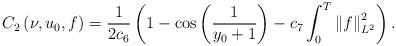
LaTeX: \begin{align*}C_{2}\left( \nu,u_{0},f\right) =\frac{1}{2c_{6}}\left( 1-\cos\left(\frac{1}{y_{0}+1}\right) -c_{7}\int_{0}^{T}\left\Vert f\right\Vert _{L^{2}}^{2}\right) .\end{align*}